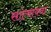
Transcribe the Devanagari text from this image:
सांत्वावना